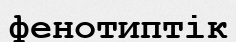
фенотиптік